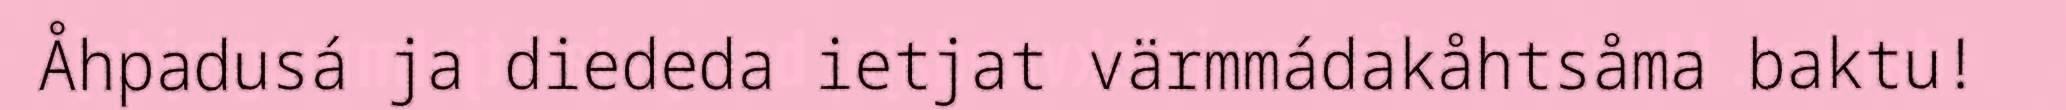
Åhpadusá ja diededa ietjat värmmádakåhtsåma baktu!